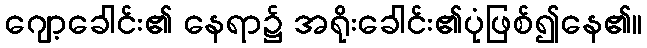
ဂျော့ခေါင်း၏ နေရာ၌ အရိုးခေါင်း၏ပုံဖြစ်၍နေ၏။